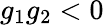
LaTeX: g_{1}g_{2}<0